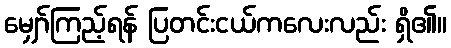
မျှော်ကြည့်ရန် ပြတင်းငယ်ကလေးလည်း ရှိ၏။